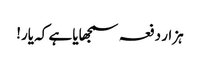
ہزار دفعہ سمجھایا ہے کہ یار!